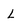
Character: l